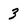
Character: 3